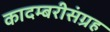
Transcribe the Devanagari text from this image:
कादम्बरीसंग्रह